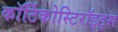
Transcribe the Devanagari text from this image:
कॉर्टिकोस्टिरॉइड्स